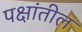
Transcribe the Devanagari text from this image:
पक्षांतील